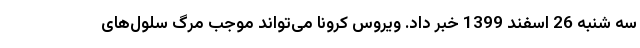
سه شنبه 26 اسفند 1399 خبر داد. ویروس کرونا می‌تواند موجب مرگ سلول‌های